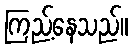
ကြည့်နေသည်။